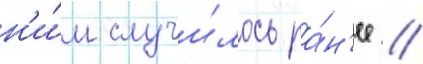
н'и́м случи́лось ра́н'ее //